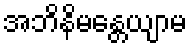
အဘိနိမန္တေယျာမ